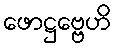
ဖောဋ္ဌဗ္ဗေဟိ